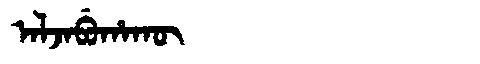
Manchu: ᠠᠯᠵᠠᠪᡠᡥᠠᡴᡡ
Romanization: ALJABUHAKŪ